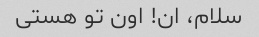
سلام، ان! اون تو هستی